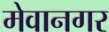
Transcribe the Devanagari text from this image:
मेवानगर